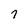
Character: 7